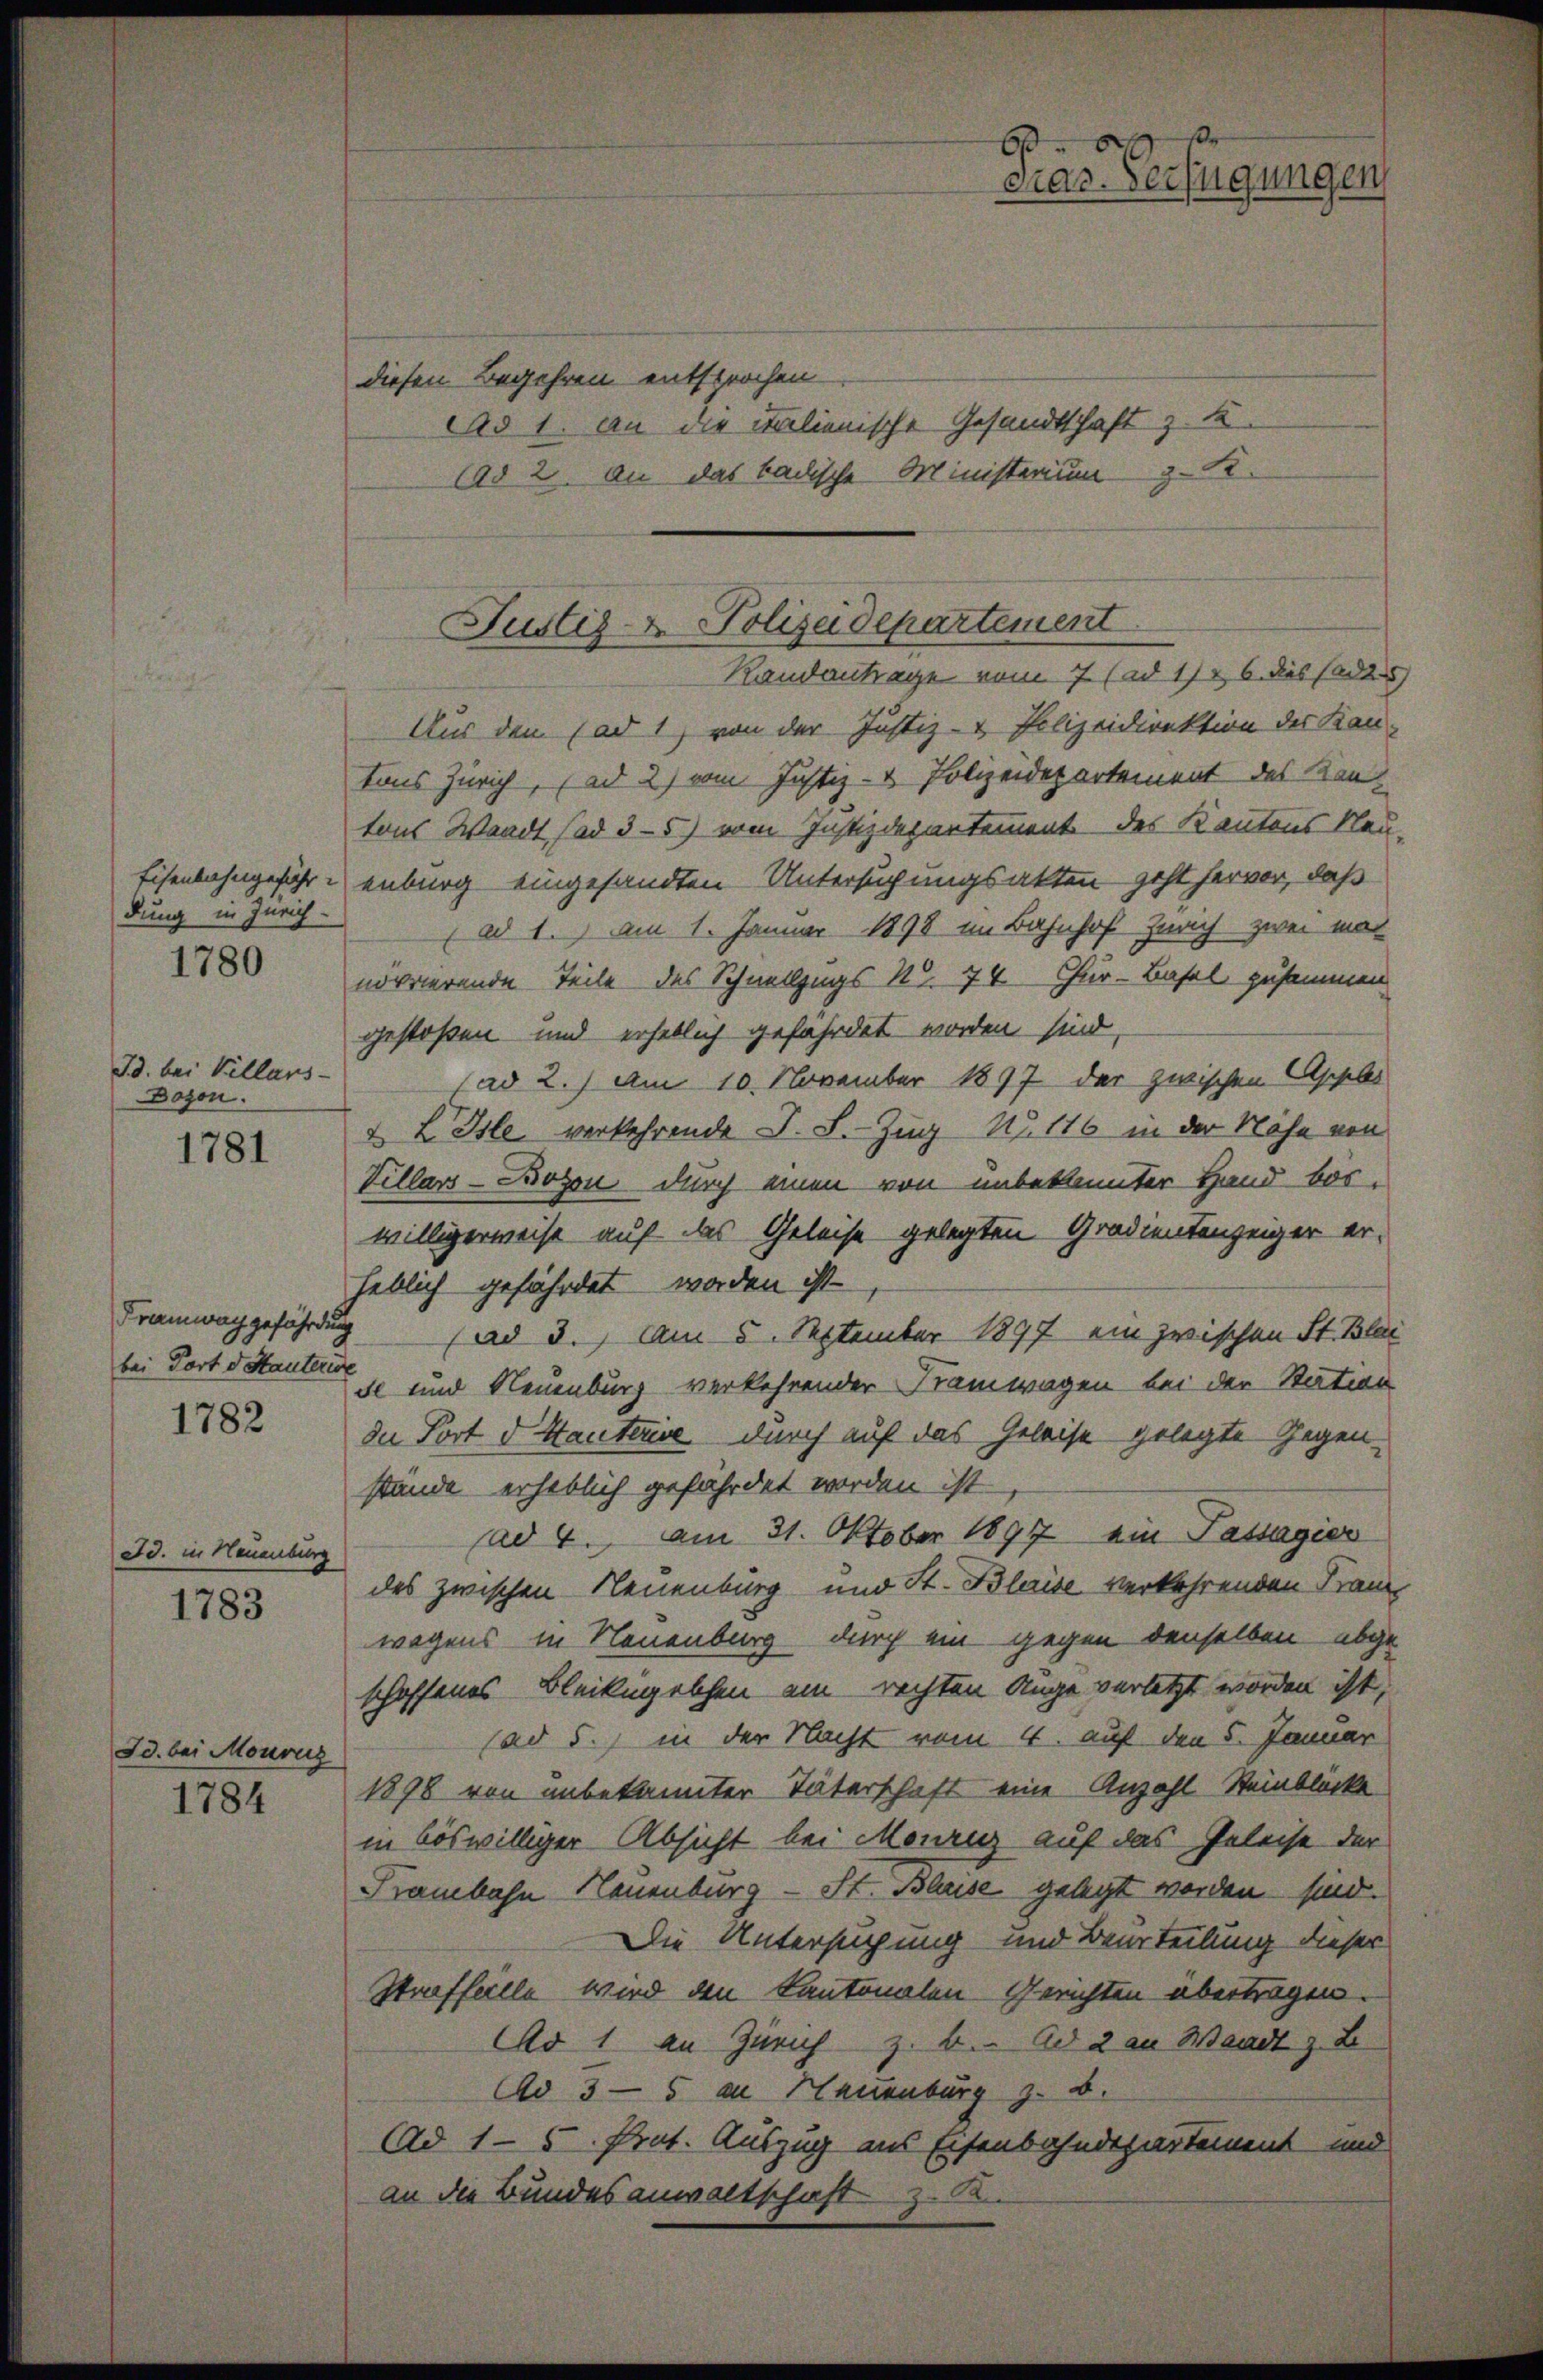
Eisenbahngeführ
dung in Zürich
1780

Id. bei Villars
Dozon.

1781

Framwachgefährdung
bei Dort d Stauterin

1782

Id. in Neuenburg
1783

Sd. bei Monons

1784

diesen Begehren entsprochen
Ad 1. An die italienische Gesandtschaft z. K
(ad 2. An das badische Ministerium z. B.

Aus den (ad 1, von der Justiz- & Polizeidirektion des Kan-
tons Zürich, (ad 2) vom Justiz- & Polizeidepartement des Kantons Waadt sad 3-5) vom Justizdepartement des Kantons Kau-
enburg eingesandten Untersuchungsakten geht hervor, daß
(ad 1. am 1. Januar 1898 im Bahnhof Zürich zwei mat
nörrierende Teile des Schnellzugs N. 74. Chur-Basel zusammen
gestoßen und erheblich gefährdet worden sind,
(ad 2.) Am 10. November 1897 der zwischen Appler
& L Isle verkehrende J. L. Zug No. 116 in der Nähe von
Villars Bozen durch einen von unbekannter Hand beswilligerweise auf das Geleise gelegten Gradientenzeiger erheblich gefährdet worden ist
 (ad 3. Am 5. September 1897 ein zwischen St. Blai
dl und Neuenburg verkehrender Kramwagen bei der Station
die Port d. Hauterise durch auf das Geleise gelegte Gegenstände erheblich gefährdet worden ist
(ad 4. am 31. Oktober 1897 ein Passagier
des zwischen Neuenburg und St. Bleise verkehrenden Franz
wegens in Neuenburg durch ein gegen denselben abge
schoffenes Bleikugelchen ein rechten Auge verletzt worden ist,
(ad 5. in der Nacht vom 4. auf den 5. Januar
1898 von unbekannter Täterschaft eine Anzahl Steinblöcke
in böswilliger Absicht bei Meranz auf das Geleise der
Frambahn Neuenburg - St. Bluse gelegt werden sind.
Die Untersuchung und Beurteilung dieser
Straffälle wird den Kantonalen Gerichten übertragen.
Ao 1 an Zürich z. B. Ad 2 an Waadt z. B.
Ad 3—5 an Hauenburg z. B.
(ad 15. Prot. Auszug aus Eisenbahndepartement und
an die Bundesanwaltschaft zu

Par Verfügungen

Justiz- & Polizeidepartement
Randantrage vom 7 (ad 11 & 6. dies (adt)